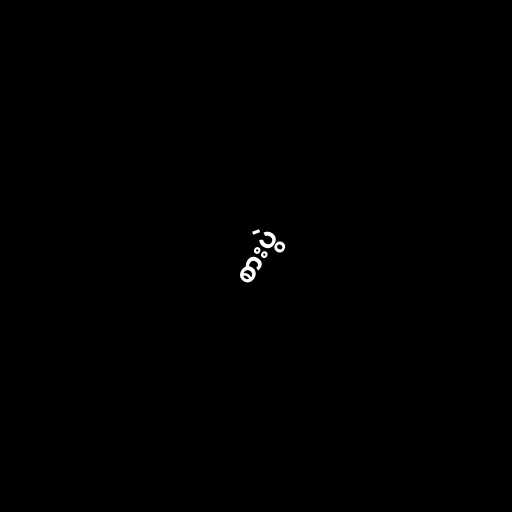
စားပွဲ